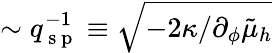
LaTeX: \sim q_{\mathrm{~s~p~}}^{-1}\equiv\sqrt{-2\kappa/\partial_{\phi}\tilde{\mu}_{h}}